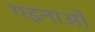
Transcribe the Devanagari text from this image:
गड़नाओ